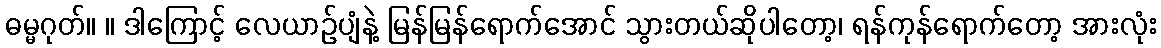
ဓမ္မဂုတ်။ ။ ဒါကြောင့် လေယာဉ်ပျံနဲ့ မြန်မြန်ရောက်အောင် သွားတယ်ဆိုပါတော့၊ ရန်ကုန်ရောက်တော့ အားလုံး